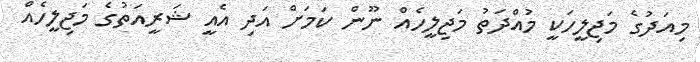
މިއަދުގެ މަޖިލީހަކީ މުއްދަތު މަޖިލީހެއް ނޫން ކަމަށް އަދި އެއީ ޝަރީއަތުގެ މަޖިލީހެއް